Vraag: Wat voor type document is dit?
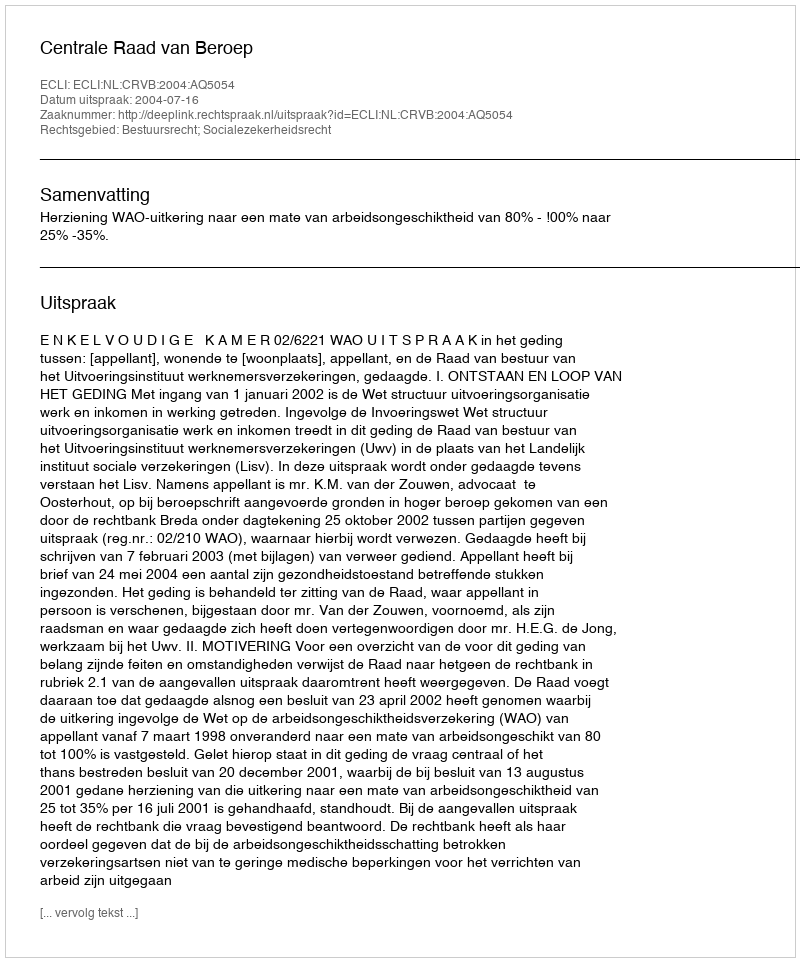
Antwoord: Uitspraak